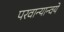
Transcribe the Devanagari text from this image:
परवान्यान्वये